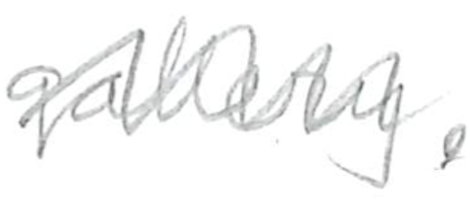
Text: gallery.
Cross-out: zig-zag
Writing tool: pencil